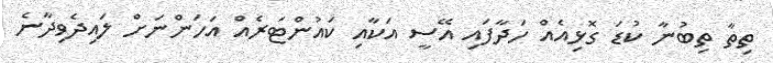
ތިތާ ތިބުނާ ކުޑަ ގޮޅިއެއް ހަދާފައި އޭސީ އަކާއި ކައުންޓަރެއް އަހަންނަށް ލައިދެވިދާނެ